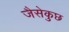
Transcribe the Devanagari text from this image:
जैसेकुछ